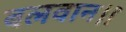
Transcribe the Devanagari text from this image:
बलवान।।